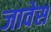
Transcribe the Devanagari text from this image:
जावेस